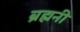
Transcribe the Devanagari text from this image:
ब्रह्मनी